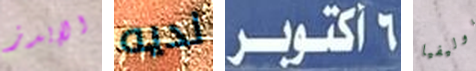
الإيدز لديه 6 أكتوبر اوليفيا